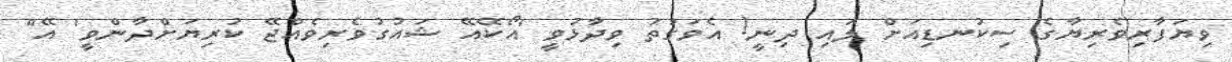
ވިޔަފާރިވެރިޔާގެ ސިކުނޑިއަށް ލައި ދިނީ! އެވަގުތު ވިދާޅުވީ 'އޯކޭއޭ ޝައުގުވެރިވެއްޖޭ ކުރިޔަށްދާންވީ' އޭ"